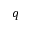
q